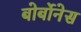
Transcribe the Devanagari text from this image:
बोर्बोनेस